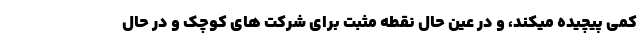
کمی پیچیده میکند، و در عین حال نقطه مثبت برای شرکت های کوچک و در حال